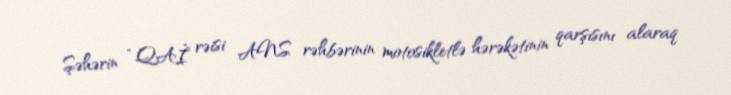
Şəhərin “QAİ” rəisi ANS rəhbərinin motosikletlə hərəkətinin qarşısını alaraq